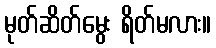
မုတ်ဆိတ်မွေး ရိတ်မလား။